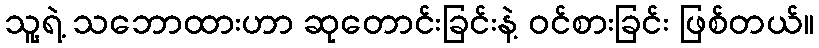
သူ့ရဲ့ သဘောထားဟာ ဆုတောင်းခြင်းနဲ့ ဝင်စားခြင်း ဖြစ်တယ်။